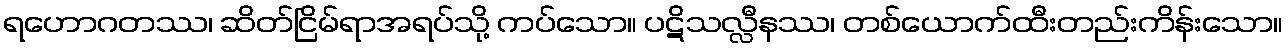
ရဟောဂတဿ၊ ဆိတ်ငြိမ်ရာအရပ်သို့ ကပ်သော။ ပဋိသလ္လီနဿ၊ တစ်ယောက်ထီးတည်းကိန်းသော။